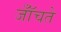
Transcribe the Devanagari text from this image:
जॉँचते